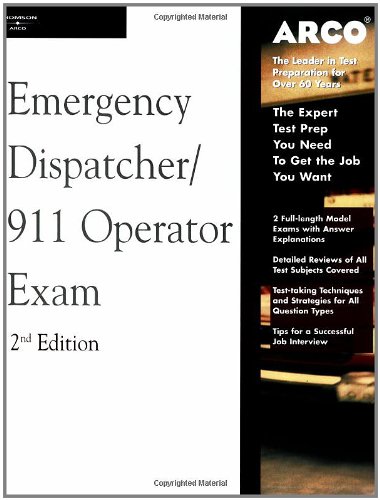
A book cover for Arco Master the Emergency Dispatcher: 911 Operator Exam, 2nd Edition; Valerie L. Haynes; Medical Books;